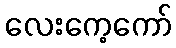
လေးကေ့ကော်